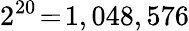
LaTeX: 2^{20}\! =\! 1,048,576